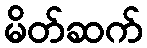
မိတ်ဆက်